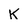
Character: K